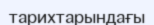
тарихтарындағы